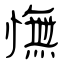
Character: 憮